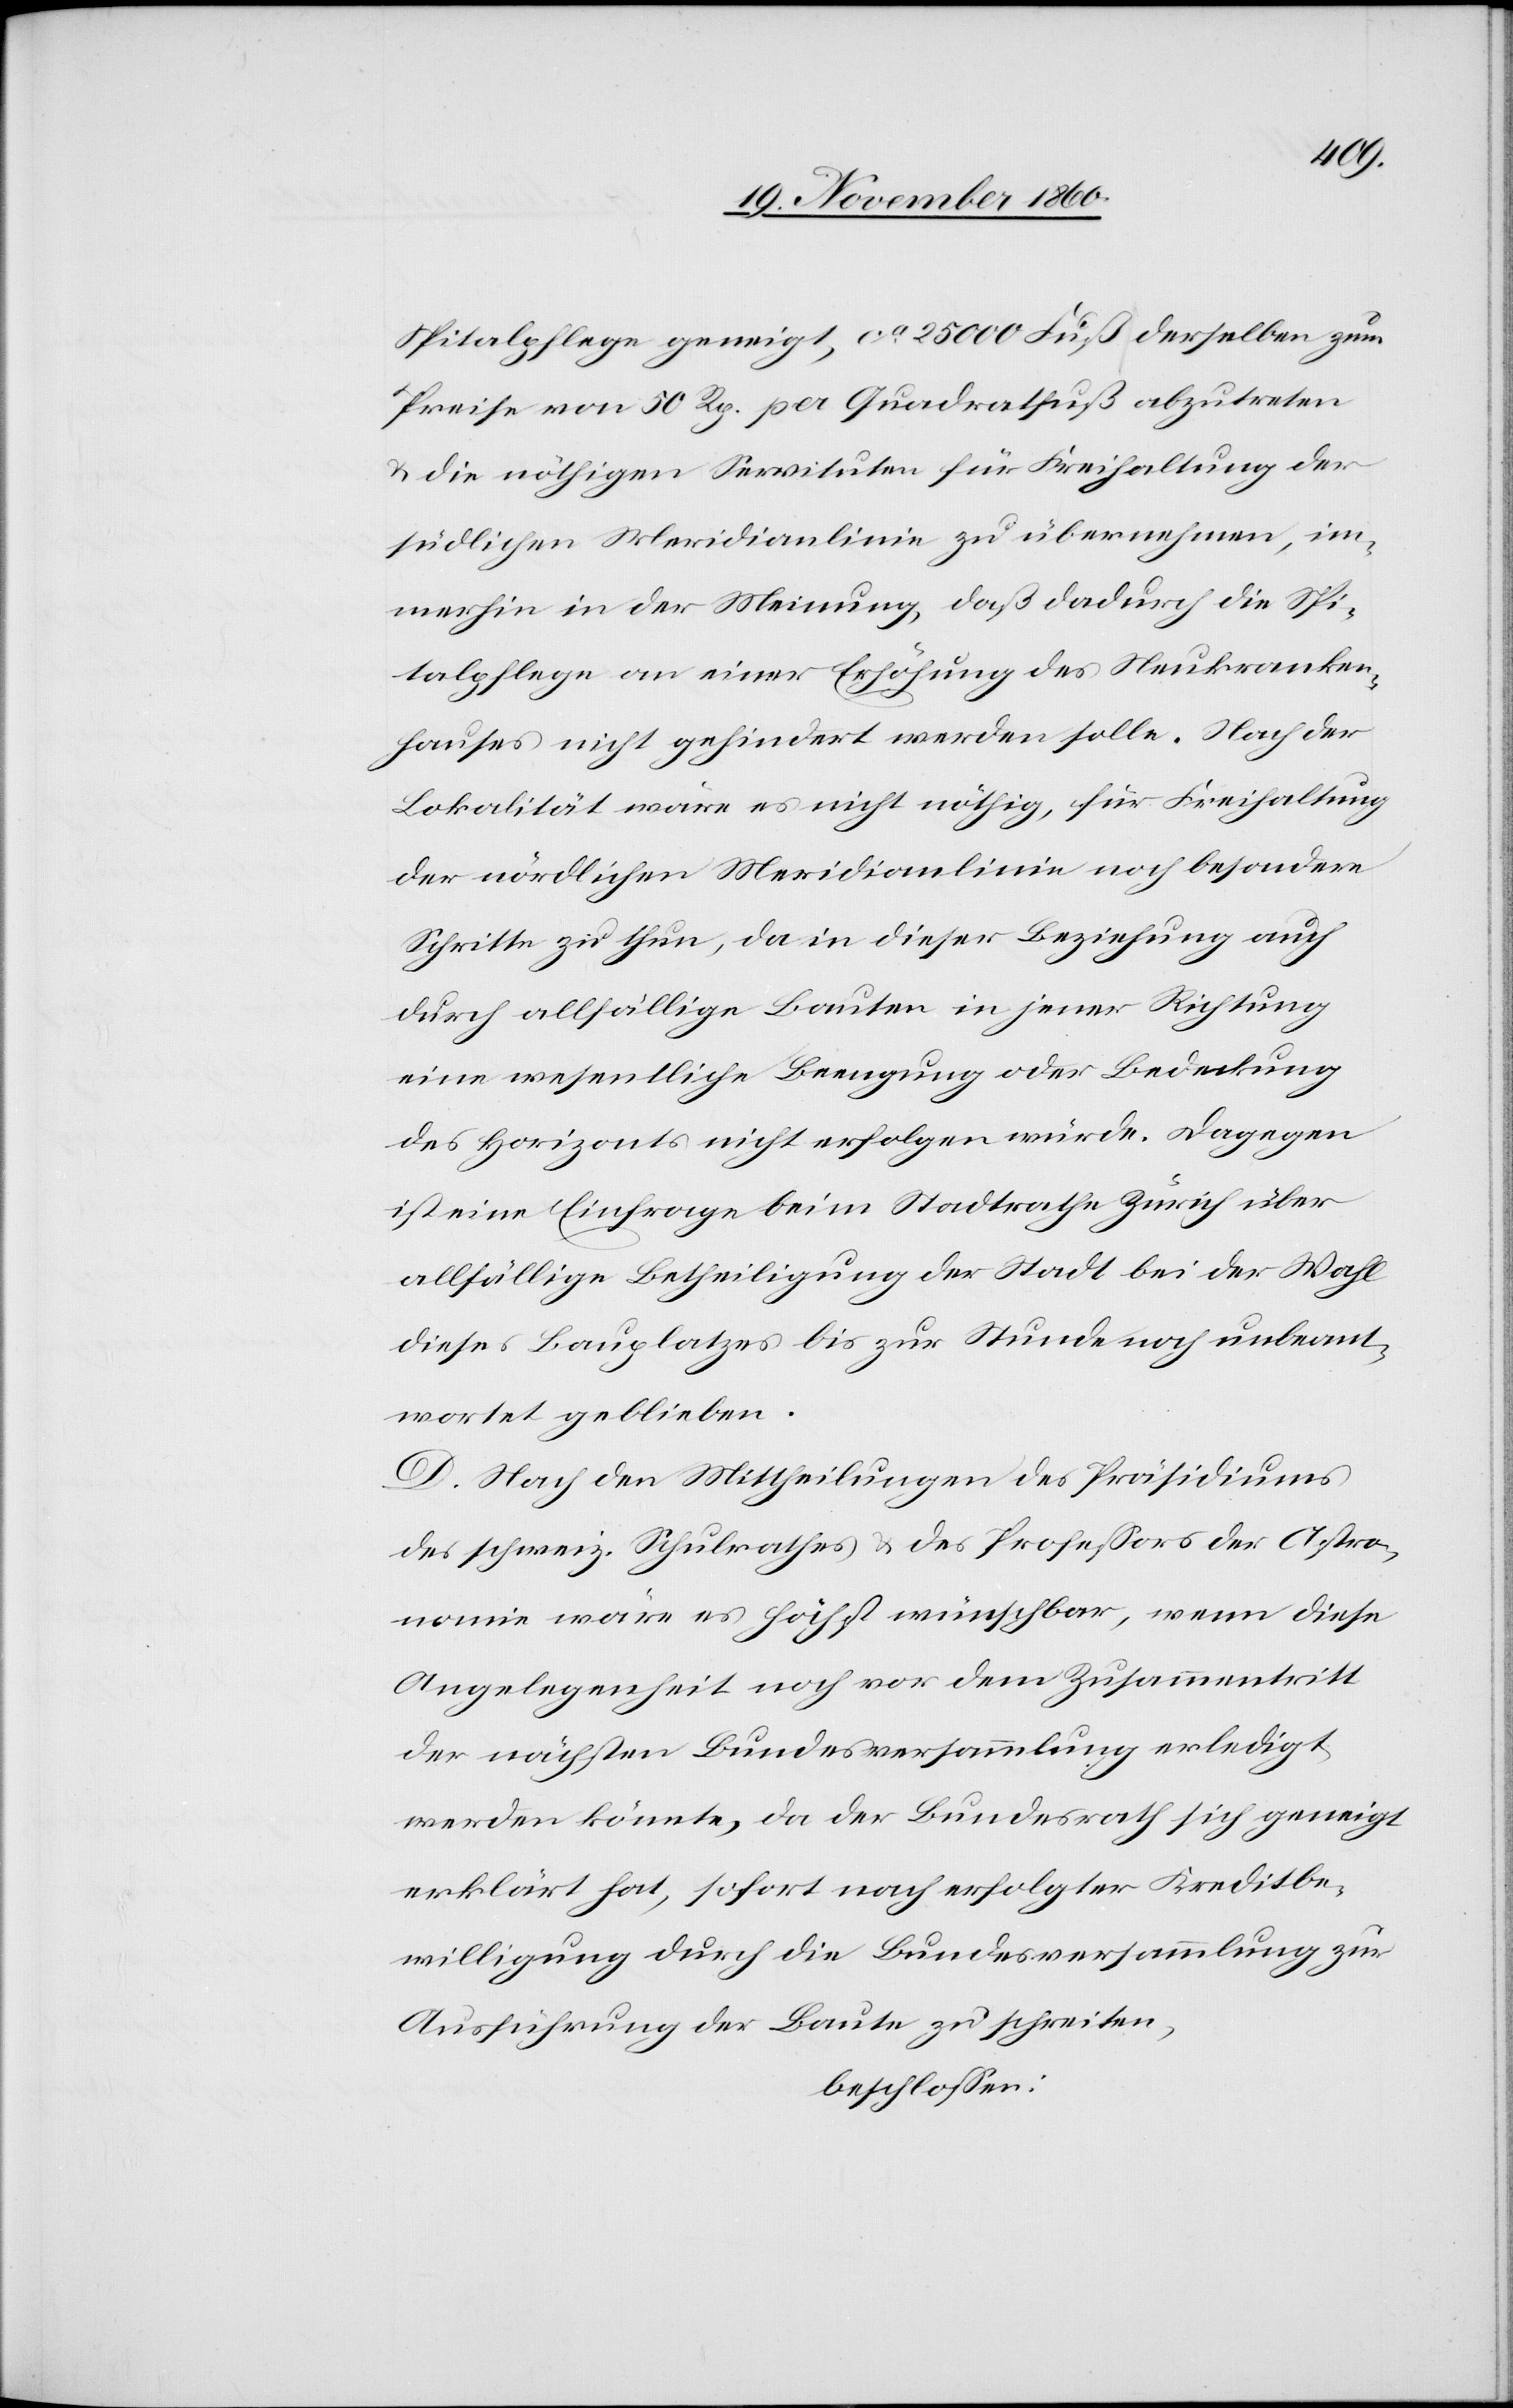
Spitalpflege geneigt, ca 25 000 Fuß derselben zum
Preise von 50 Rp. per Quadratfuß abzutreten
u. die nöthigen Servituten für Freihaltung der
südlichen Meridianlinie zu übernehmen, im¬
merhin in der Meinung, daß dadurch die Spi¬
talpflege an einer Erhöhung des Neukranken¬
hauses nicht gehindert werden solle. Nach der
Lokalität wäre es nicht nöthig, für Freihaltung
der nördlichen Meridianlinie noch besondere
Schritte zu thun, da in dieser Beziehung auch
durch allfällige Bauten in jener Richtung
eine wesentliche Beengung oder Bedeckung
des Horizonts nicht erfolgen würde. Dagegen
ist eine Einfrage beim Stadtrathe Zürich über
allfällige Betheiligung der Stadt bei der Wahl
dieses Bauplatzes bis zur Stunde noch unbeant¬
wortet geblieben.
D. Nach den Mittheilungen des Präsidiums
des schweiz. Schulrathes u. des Professors der Astro¬
nomie wäre es höchst wünschbar, wenn diese
Angelegenheit noch vor dem Zusammentritt
der nächsten Bundesversammlung erledigt
werden könnte, da der Bundesrath sich geneigt
erklärt hat, sofort nach erfolgter Kreditbe¬
willigung durch die Bundesversammlung zur
Ausführung der Baute zu schreiten,
beschlossen: